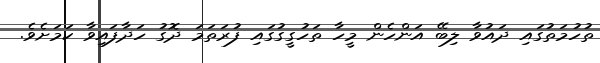
ތުހުމަތުގައި ދައުވާ ލިބޭ އަންހެން މީހާ ތަހުގީގުގައި ފުރަތަމަ ދޮގު ހަދާފައިވާ ކަމަށެވެ.